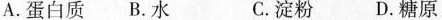
A.蛋白质 B.水 C.淀粉 D.糖原